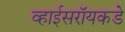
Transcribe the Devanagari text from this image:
व्हाईसरॉयकडे